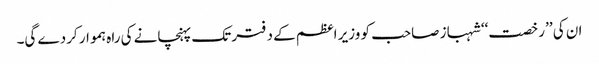
ان کی ’’رخصت‘‘ شہباز صاحب کو وزیر اعظم کے دفتر تک پہنچانے کی راہ ہموار کردے گی۔